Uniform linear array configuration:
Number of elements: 4
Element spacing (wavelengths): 1
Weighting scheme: cosine
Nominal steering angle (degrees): -60
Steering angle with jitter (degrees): -59.787
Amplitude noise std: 0.05
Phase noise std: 0.05

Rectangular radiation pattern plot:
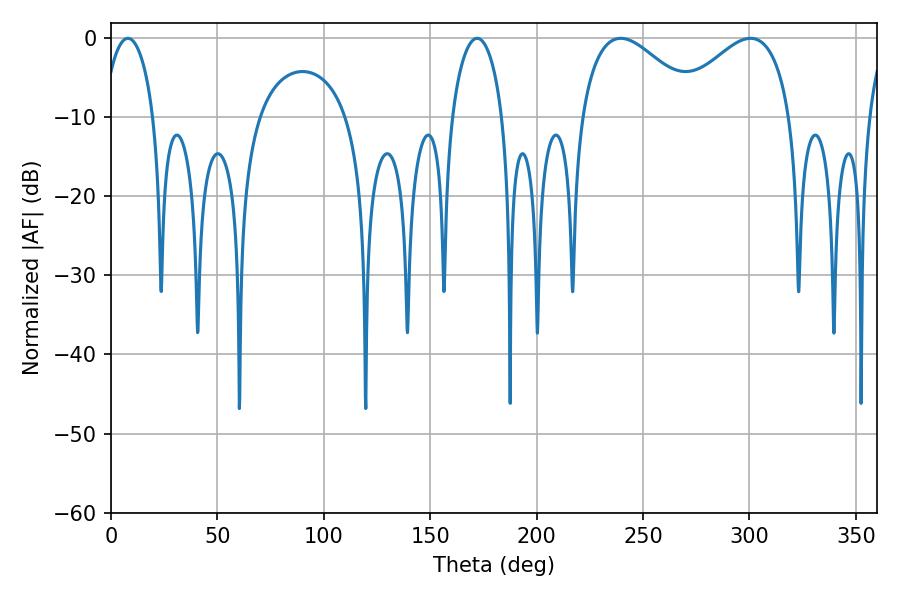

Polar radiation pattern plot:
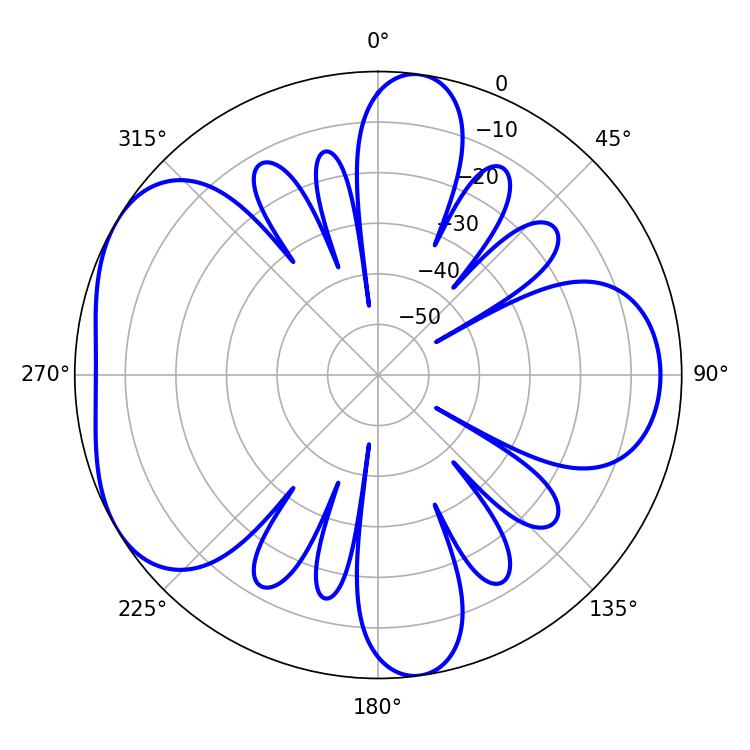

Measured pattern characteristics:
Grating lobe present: TRUE
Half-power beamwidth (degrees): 13.5
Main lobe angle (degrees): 7.92